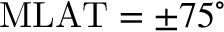
\mathrm { M L A T } = \pm 7 5 ^ { \circ }